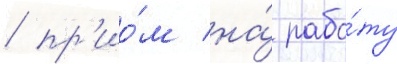
/ пр'ио́м на́ рабо́ту